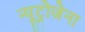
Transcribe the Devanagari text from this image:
न्यूट्रोजेना